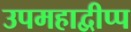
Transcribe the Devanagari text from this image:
उपमहाद्वीप्प